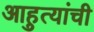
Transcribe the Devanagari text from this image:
आहुत्यांची